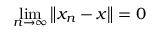
\operatorname* { l i m } _ { n \to \infty } \left\| x _ { n } - x \right\| = 0